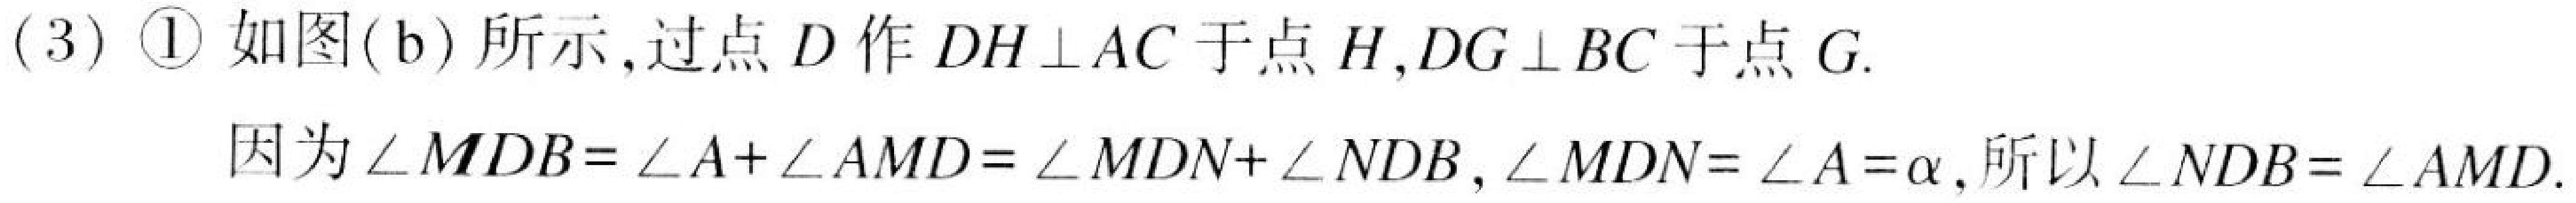
(3) \textcircled{1} 如图(b) 所示,过点 \(D\) 作 \(DH\perp AC\) 于点 \(H\),\(DG\perp BC\) 于点 \(G\).
因为 \(\angle MDB=\angle A+\angle AMD=\angle MDN+\angle NDB\), \(\angle MDN = \angle A=\alpha\), 所以 \(\angle NDB=\angle AMD\).